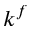
k ^ { f }